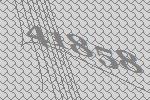
41858